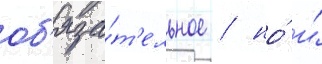
об'яза́т'ельное / но́ и́